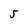
Character: 5